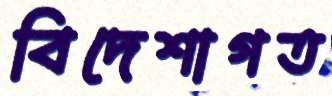
বিদেশাগত